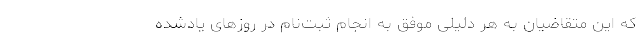
که این متقاضیان به هر دلیلی موفق به انجام ثبت‌نام در روزهای یادشده